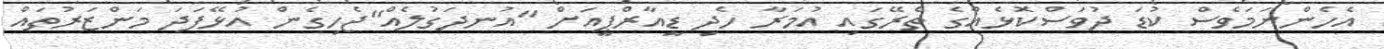
އެހެންނަމަވެސް ކުޑަ ދުވަސްކޮޅެއްގެ ތެރޭގައި އުމަރާ ހެދި ޑީއާރްޕީއަށް "އުނދަގުލެއް"ޖެހިގެން އުޅޭފަދަ މަންޒަރުތައް